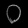
Digit: ၀